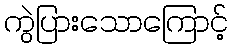
ကွဲပြားသောကြောင့်